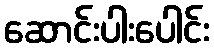
ဆောင်းပါးပေါင်း